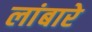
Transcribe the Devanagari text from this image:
लांबारे